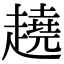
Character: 趬